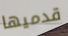
قدميها